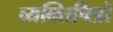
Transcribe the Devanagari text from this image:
व्यक्तिचित्रों